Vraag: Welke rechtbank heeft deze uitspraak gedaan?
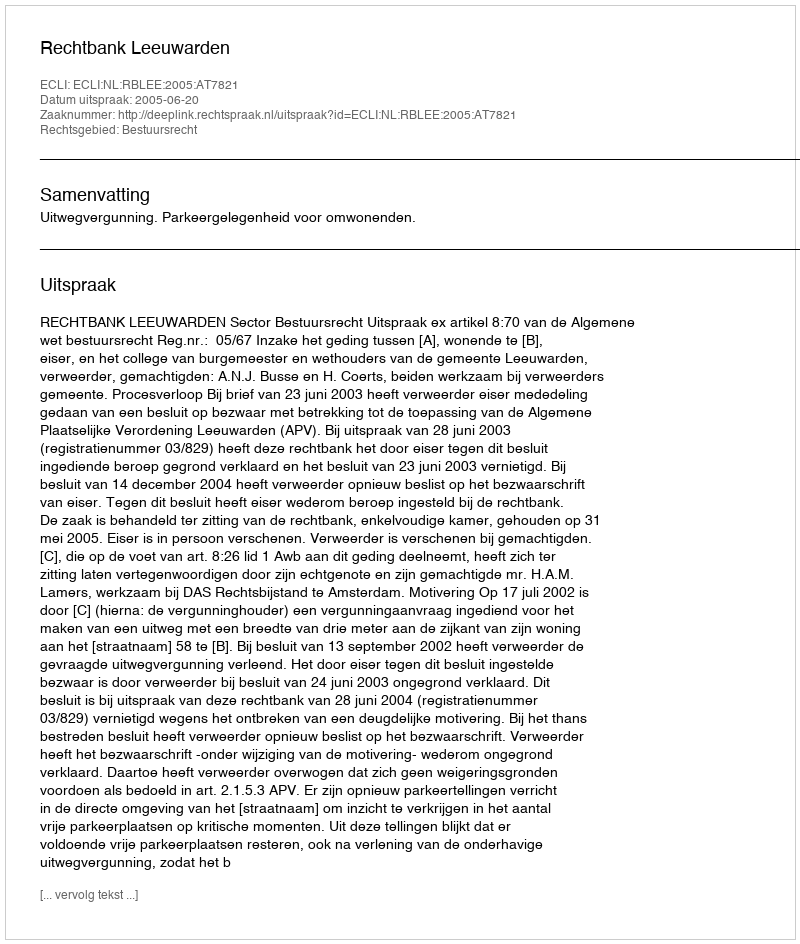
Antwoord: Rechtbank Leeuwarden